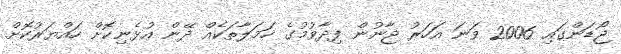
ޖޯޑަންގައި 2006 ވަނަ އަހަރު ޖާނުން ފިދާވުމުގެ ހަމަލާތަކެއް ދޭން އުޅެނިކޮށް ހައްޔަރުކޮށް